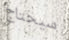
سيحتاج